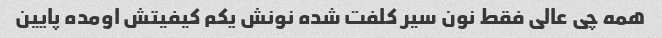
همه چی عالی فقط نون سیر کلفت شده نونش یکم کیفیتش اومده پایین